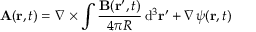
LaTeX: \mathbf { A } ( \mathbf { r } , t ) = \nabla \times \int { \frac { \mathbf { B } ( \mathbf { r } ^ { \prime } , t ) } { 4 \pi R } } \operatorname { d } \! ^ { 3 } \mathbf { r } ^ { \prime } + \nabla \psi ( \mathbf { r } , t )